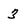
Character: 3